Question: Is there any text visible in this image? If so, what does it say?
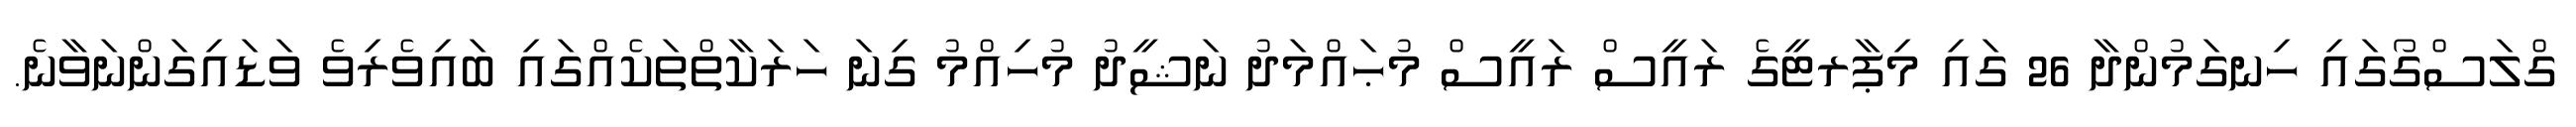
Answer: ގްލަސްގޯގައި ހިނގަމުންދާ 26 ގައި މިޕާރޓީގެ ރައީސް ރައީސް މުޙައްމަދު ނަޝީދު މުހިއްމު ގިނަ ހަރަކާތްތަކެއްގައި ބައިވެރިވެ ވަޑައިގަންނަވާނެ.